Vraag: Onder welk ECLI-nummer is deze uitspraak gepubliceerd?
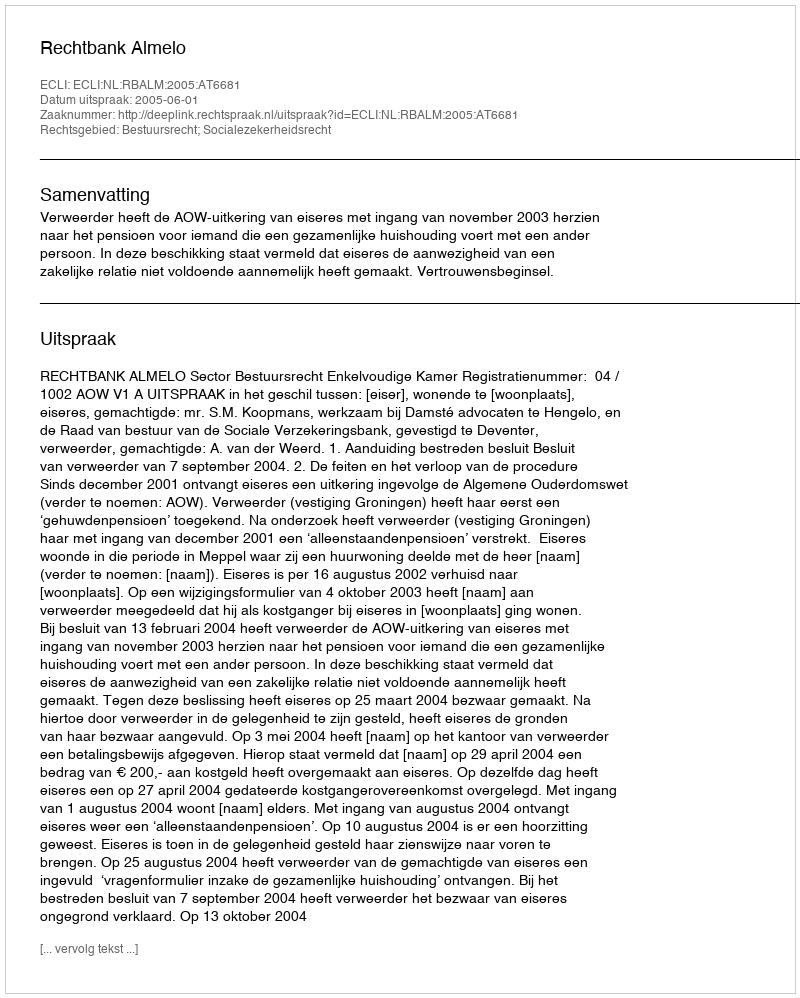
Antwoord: ECLI:NL:RBALM:2005:AT6681